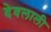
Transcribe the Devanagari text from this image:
देवलाली